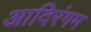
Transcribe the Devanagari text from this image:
आदिरंगम